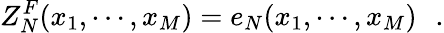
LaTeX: Z_{N}^{F}(x_{1},\cdots,x_{M})=e_{N}(x_{1},\cdots,x_{M})\, \, \, \, .